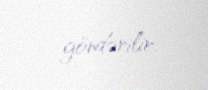
göndərilir.